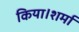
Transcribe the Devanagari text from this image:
किया।शर्मा